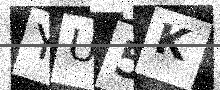
Text: YU5K